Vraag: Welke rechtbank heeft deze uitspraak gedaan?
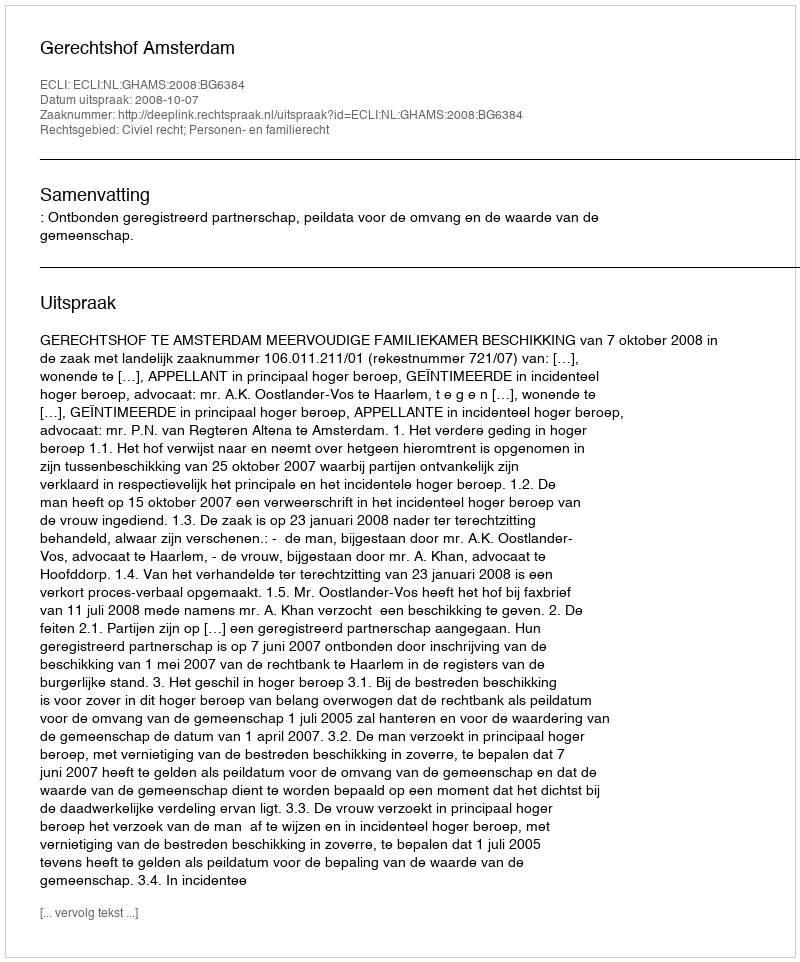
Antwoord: Gerechtshof Amsterdam